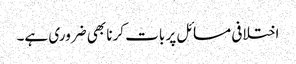
اختلافی مسائل پر بات کرنا بھی ضروری ہے۔